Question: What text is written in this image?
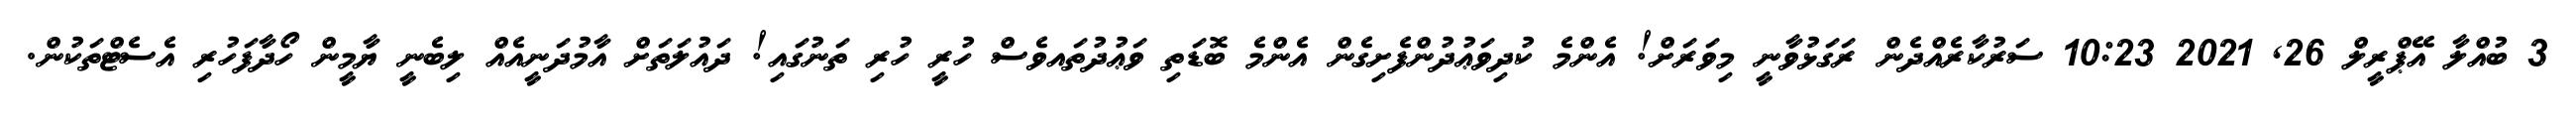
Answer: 3 ބުއްލާ އޭޕްރީލް 26, 2021 10:23 ސަރުކާރެއްދެން ރަގަޅުވާނީ މިވަރަށް! އެންމެ ކުދިވަޢުދުންފެށިގެން އެންމެ ބޮޑަތި ވަޢުދުތައވެސް ހުރީ ހުރި ތަނުގައި! ދައުލަތަށް އާމުދަނީއެއް ލިބެނީ ޔާމީން ހޯދާފަހުރި އެސެޓްތަކުން.